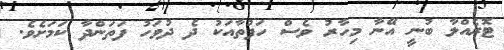
ޓޮރެއްލާ ބުނީ އޭނާ މިހާރު ވެސް ހަފުތާއަކު ދެ ދުވަހު ފަތަންދާ ކަމަށެވެ.